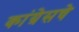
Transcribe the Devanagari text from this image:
कांग्रेसचे